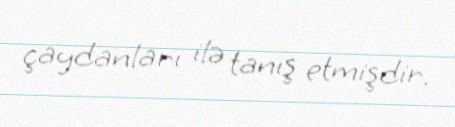
çaydanları ilə tanış etmişdir.